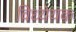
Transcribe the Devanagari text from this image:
विध्येयक